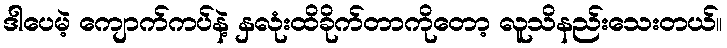
ဒါပေမဲ့ ကျောက်ကပ်နဲ့ နှလုံးထိခိုက်တာကိုတော့ လူသိနည်းသေးတယ်။